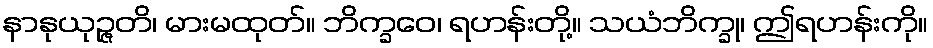
နာနုယုဉ္ဇတိ၊ မားမထုတ်။ ဘိက္ခဝေ၊ ရဟန်းတို့။ သယံဘိက္ခု၊ ဤရဟန်းကို။